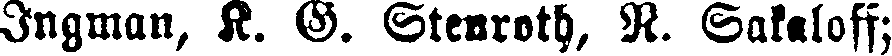
Ingman, K. G. Stenroth, N. Sakaloff;